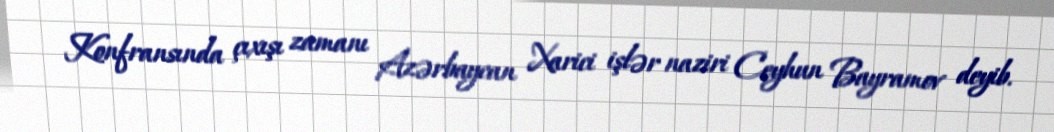
Konfransında çıxışı zamanı Azərbaycan Xarici işlər naziri Ceyhun Bayramov deyib.